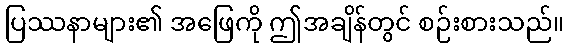
ပြဿနာများ၏ အဖြေကို ဤအချိန်တွင် စဉ်းစားသည်။